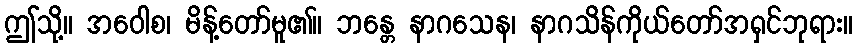
ဤသို့။ အဝေါစ၊ မိန့်တော်မူ၏။ ဘန္တေ နာဂသေန၊ နာဂသိန်ကိုယ်တော်အရှင်ဘုရား။